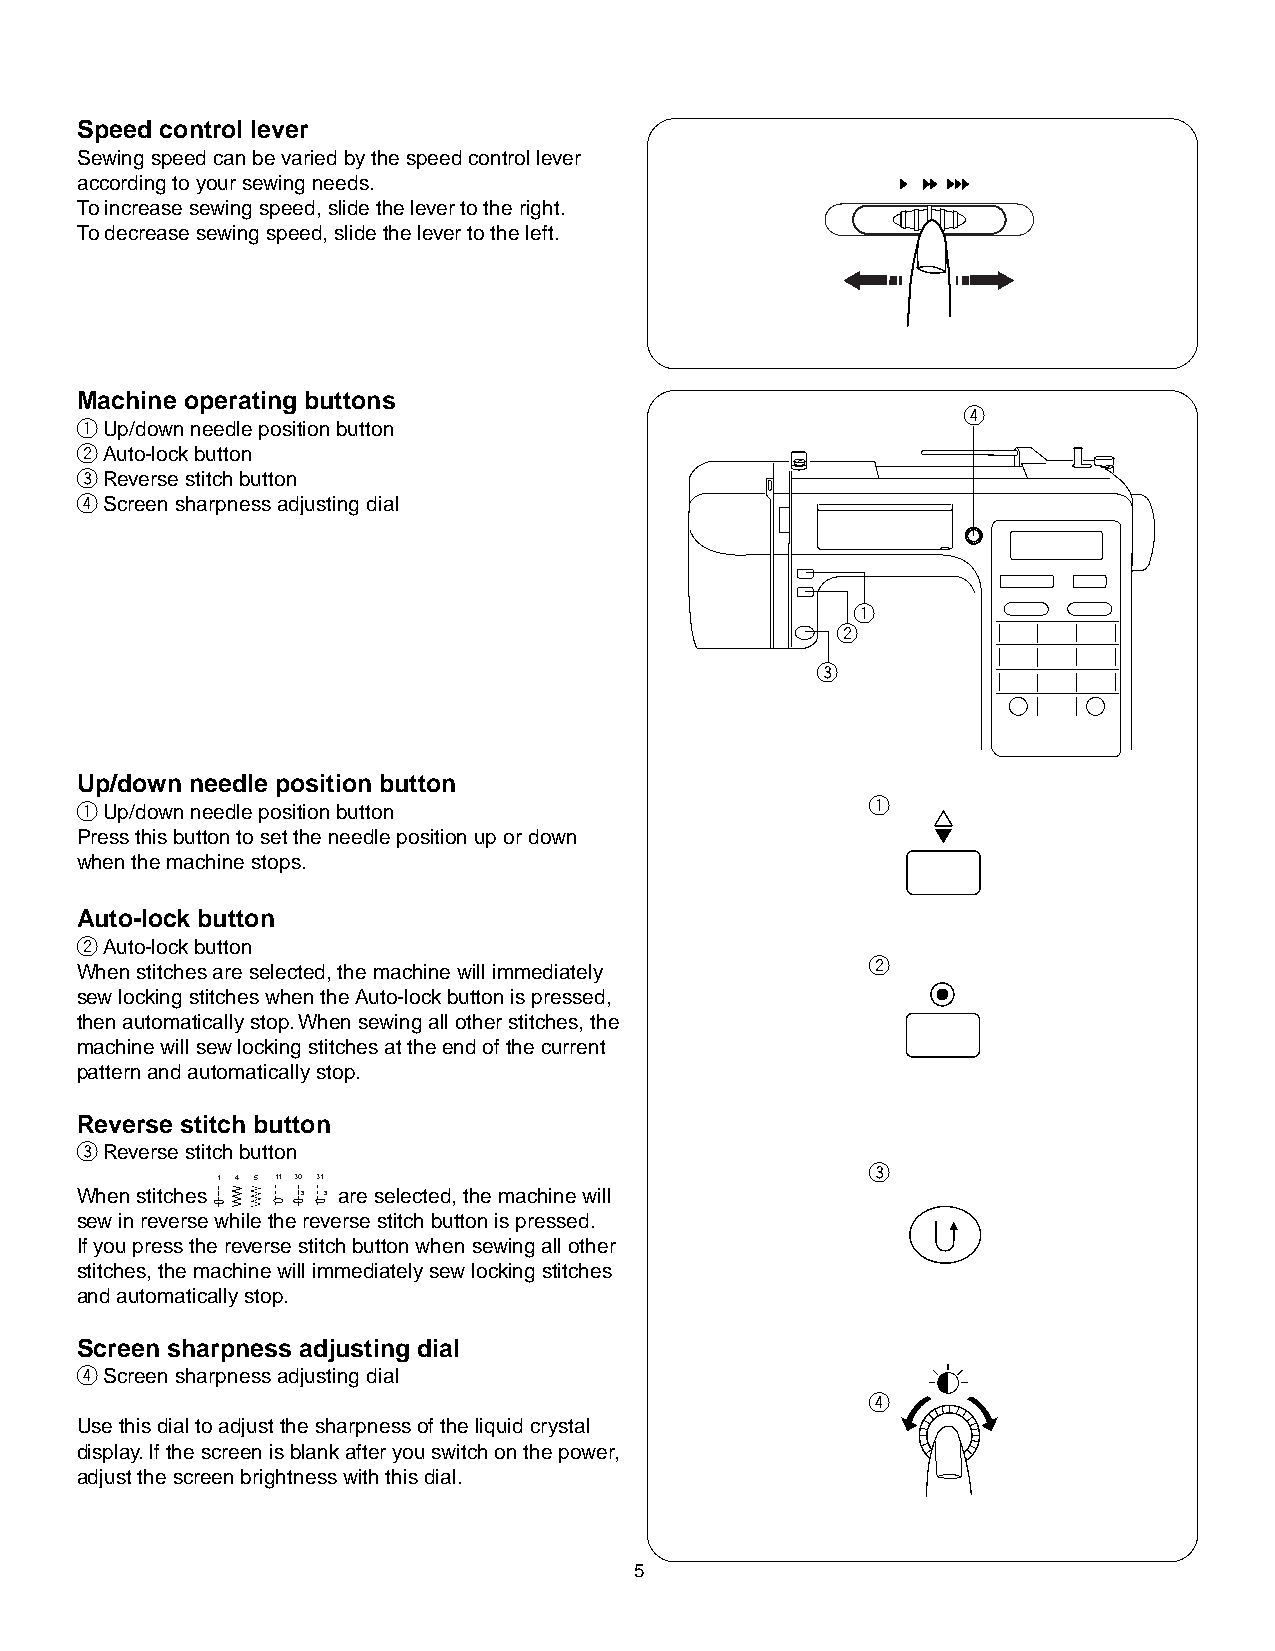
Speed control lever
 Sewing speed can be varied by the speed control lever
 according to your sewing needs.
 To increase sewing speed, slide the lever to the right.
 To decrease sewing speed, slide the lever to the left.
 Machine operating buttons
 r
 qUp/down needle position button
 wAuto-lock button
 eReverse stitch button
 rScreen sharpness adjusting dial
 q
 w
 e
 Up/down needle position button
 qUp/down needle position button                      q
 Press this button to set the needle position up or down
 when the machine stops.
 Auto-lock button
 wAuto-lock button
 w
 When stitches are selected, the machine will immediately
 sew locking stitches when the Auto-lock button is pressed,
 then automatically stop. When sewing all other stitches, the
 machine will sew locking stitches at the end of the current
 pattern and automatically stop.
 Reverse stitch button
 eReverse stitch button
 e
 1 4 5 11 30 31
 When stitches  3 3 are selected, the machine will
 sew in reverse while the reverse stitch button is pressed.
 If you press the reverse stitch button when sewing all other
 stitches, the machine will immediately sew locking stitches
 and automatically stop.
 Screen sharpness adjusting dial
 rScreen sharpness adjusting dial
 r
 Use this dial to adjust the sharpness of the liquid crystal
 display. If the screen is blank after you switch on the power,
 adjust the screen brightness with this dial.
 5